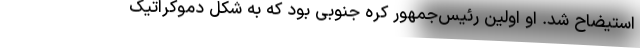
استیضاح شد. او اولین رئیس‌جمهور کره جنوبی بود که به شکل دموکراتیک